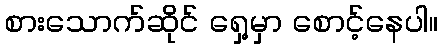
စားသောက်ဆိုင် ရှေ့မှာ စောင့်နေပါ။